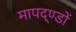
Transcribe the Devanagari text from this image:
मापद्ण्डों